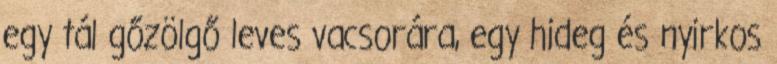
egy tál gőzölgő leves vacsorára, egy hideg és nyirkos